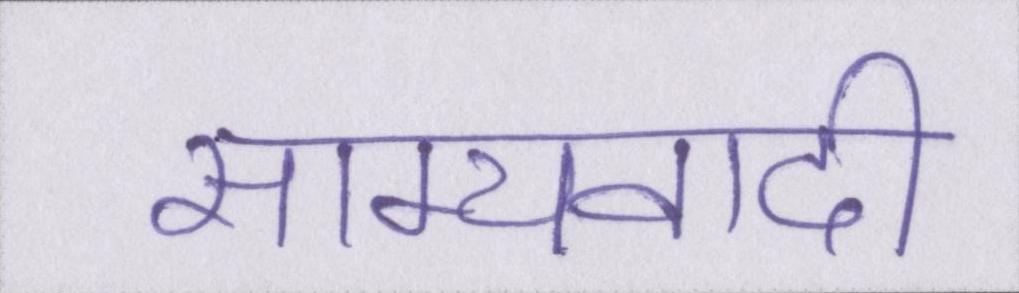
साम्यवादी